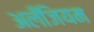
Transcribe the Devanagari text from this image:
अलँजियम